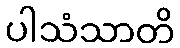
ပါသံသာတိ